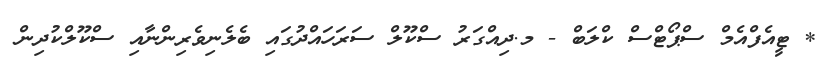
* ޓީއެފްއެމް ސްޕޯޓްސް ކްލަބް - މ.ދިއްގަރު ސްކޫލް ސަރަހައްދުގައި ބެލެނިވެރިންނާއި ސްކޫލްކުދިން